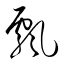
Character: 飄